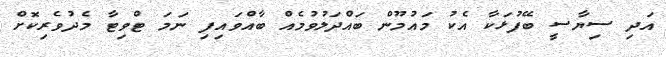
އަދި ސިޔާސީ ބޭފުޅަކާ އެކު މައުމޫން ބައްދަލުވުމެއް ބާއްވައިފި ނަމަ ޓްވިޓާ މެދުވެރިކޮށް